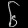
Digit: ၆